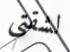
لشقتي